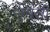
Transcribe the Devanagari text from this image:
जुगली